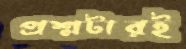
প্রশ্নটারই